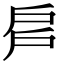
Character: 𢨳